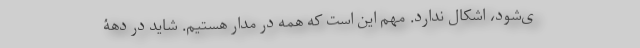
ی‌شود، اشکال ندارد. مهم این است که همه در مدار هستیم. شاید در دهۀ